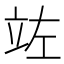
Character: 𮄩